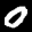
Label: 0